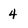
Character: 4